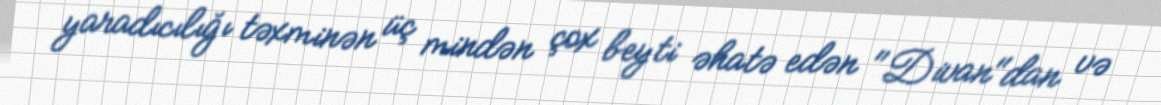
yaradıcılığı təxminən üç mindən çox beyti əhatə edən "Divan"dan və